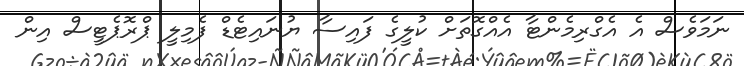
ނަމަވެސް އެ އެގްރިމެންޓާ އެއްގޮތަށް ކުލީގެ ފައިސާ ޔުނައިޓެޑް ފެމިލީ ޕްރޮޕެޓީސް އިން